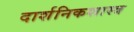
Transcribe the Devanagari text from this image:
दार्शनिकशास्त्र